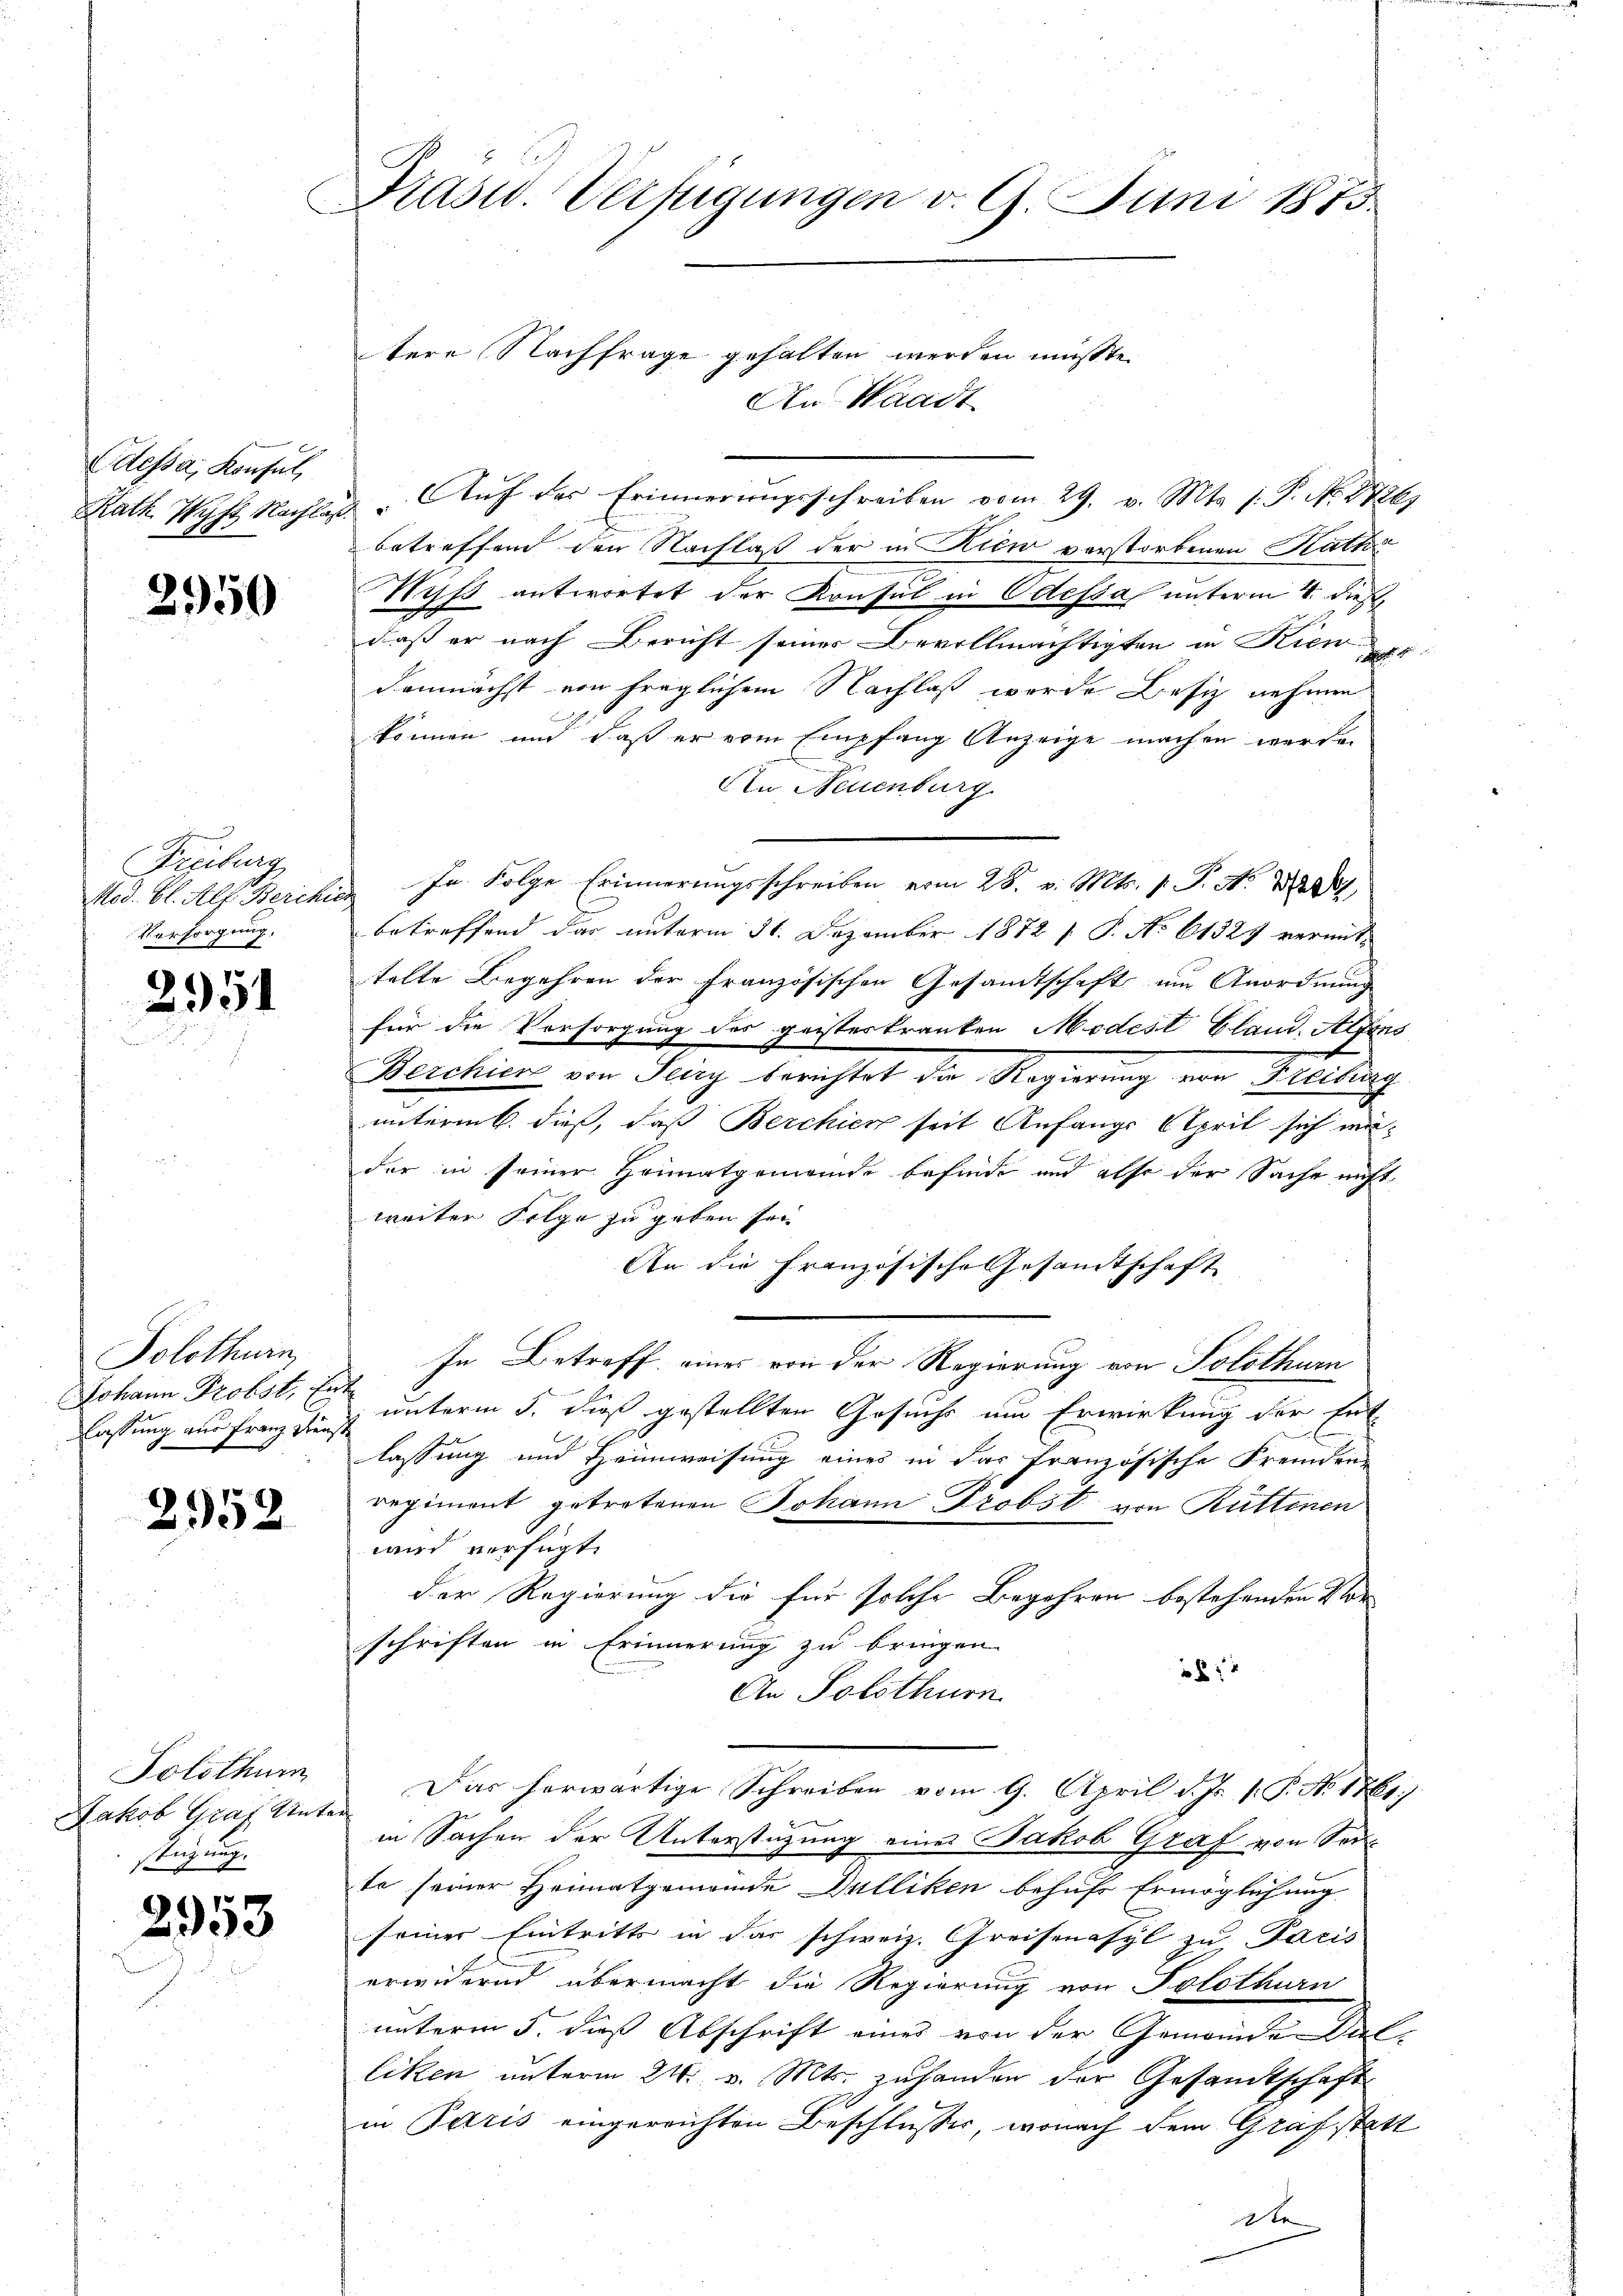
Odessa, Konsul,
Rath Wyft Nachla

2950

Freiburg
Mod. Bl. Alf. Berche
Versorgung.

2951

Solothurn,
Johann Probst, En
lassung aus Franz Dienst.

2952

Solothur
Jakob Graf Unte
steigung

2953

Präsid. Verfügungen v. 9. Juni 1875.

tere Nachfrage gehalten werden mußte.
An Waadt
 Auf der Erinnerungsschreiben vom 29. v. Mts. s. P. No. 2726.
betreffend den Nachlaß der in Kier verstorbenen Raths
Niff antwortet der Konsul in Odessa unterm 4. dieß,
daß er nach Bericht seines Bevollmächtigten in Kienr
demnächst von fraglichem Nachlaß wurde Besiz nehmen

können und daß er vom Empfang Anzeige machen werde.
An Neuenburg
In Folge Erinnerungsschreiben vom 28. v. Mts. 1. P. Nr. 224
betreffend das unterm 31. Dezember 1872 f. P. No 61324 vermittelte Begehren der Französischen Gesandtschaft um Anordnung
für die Vorsorgung des geistertrauten Modest bland. Alfons
Berchien von Seizy berichtet die Regierung von Freiburg
unterent dieß, daß Berchien seit Anfangs April sich mader in seiner Heimatgemeinde befinde und also der Sache nicht
weiter Folge zu geben sei.
An die Französische Gesamtschaft
In Betreff eines von der Regierung von Solothurn
unterm 5. dieß gestellten Gesuchs um Erwirkung der Ent-
lassung und Heimweisung eines in das französische Fremden
regiment getretenen Johann Probst von Rüttenen
wird verfügt:
der Regierung die für solche Begehren bestehenden Vor-
schriften in Erinnerung zu bringen.
8 x
An Solothurn
Das herwärtige Schreiben vom 9. April d. Js. v. P. No. 1761
in Sachen der Unterstüzung eines Jakob Graf von Son
te seiner Heimatgemeinde Dulliken behufs Ermöglichung
seiner Eintritts in das schweiz. Greisenasyl zu Paris
erwidernd übermacht die Regierung von Solothurn
unterm 5. dieß Abschrift eines von der Gemeinde Viel-
liken unterm 24. v. Mts. zuhanden der Gesamtschaft
in Paris eingereichten Beschlusser, wonach dem Grafstatt
de